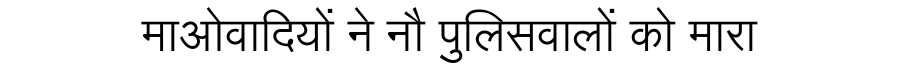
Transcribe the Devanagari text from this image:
माओवादियों ने नौ पुलिसवालों को मारा